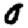
Digit: 0